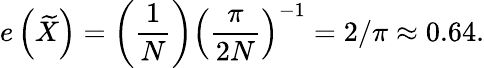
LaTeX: e\left({\widetilde{X}}\right)=\left({\frac{1}{N}}\right)\left({\frac{\pi}{2N}}\right)^{-1}=2/\pi\approx 0.64.